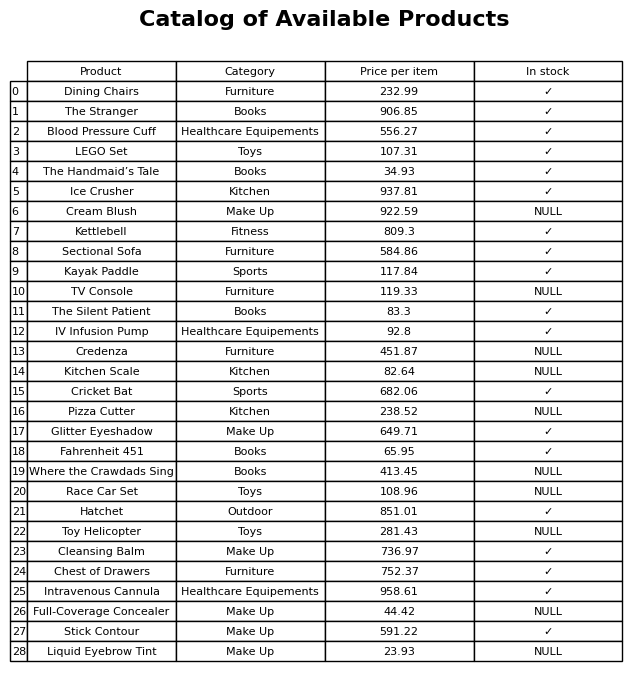
question: What category does the Hatchet belong to?
answer: Outdoor